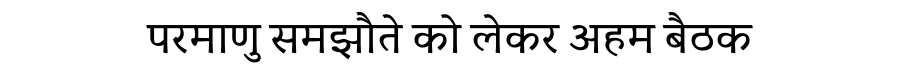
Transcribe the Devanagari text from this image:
परमाणु समझौते को लेकर अहम बैठक